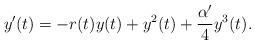
LaTeX: \begin{align*} y'(t)=-r(t)y(t)+y^2(t)+\frac{\alpha'}{4}y^3(t).\end{align*}